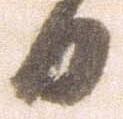
日